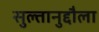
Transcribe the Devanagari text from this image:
सुल्तानुद्दौला